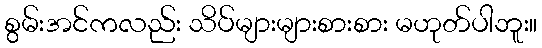
စွမ်းအင်ကလည်း သိပ်များများစားစား မဟုတ်ပါဘူး။